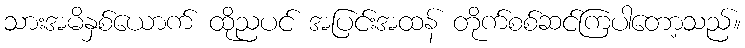
သားအမိနှစ်ယောက် ထိုညပင် အပြင်းအထန် တိုက်စစ်ဆင်ကြပါတော့သည်။